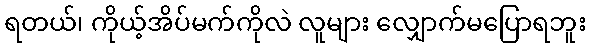
ရတယ်၊ ကိုယ့်အိပ်မက်ကိုလဲ လူများ လျှောက်မပြောရဘူး